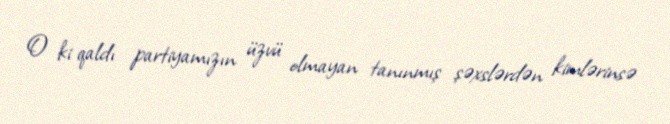
O ki qaldı partiyamızın üzvü olmayan tanınmış şəxslərdən kimlərinsə